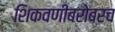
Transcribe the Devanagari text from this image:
शिकवणीबरोबरच